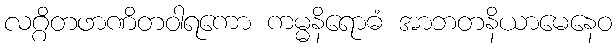
လဂ္ဂိတဖာဏိတဝါရကော ကမ္မနိရောဓံ အာဘတနိယာမေနေဝ